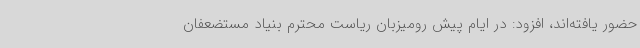
حضور یافته‌اند، افزود: در ایام پیش رومیزبان ریاست محترم بنیاد مستضعفان